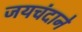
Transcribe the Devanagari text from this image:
जयचंदाने